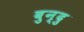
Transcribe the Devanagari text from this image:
बुन्दु